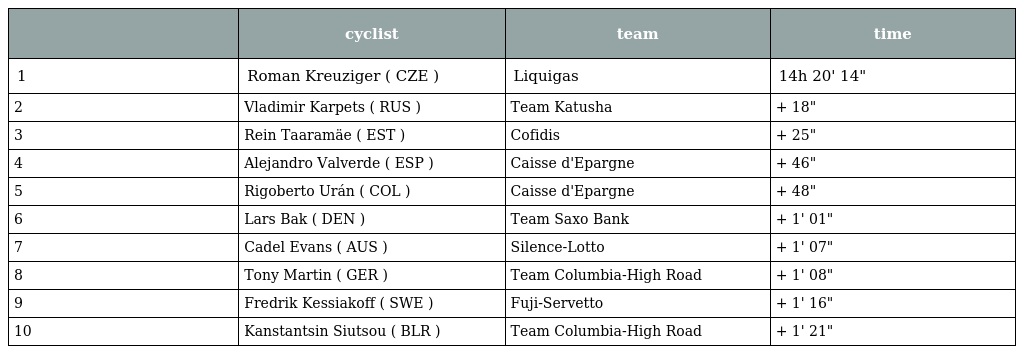
|  | cyclist | team | time |
 | --- | --- | --- | --- |
 | 1 | Roman Kreuziger ( CZE ) | Liquigas | 14h 20' 14" |
 | 2 | Vladimir Karpets ( RUS ) | Team Katusha | + 18" |
 | 3 | Rein Taaramäe ( EST ) | Cofidis | + 25" |
 | 4 | Alejandro Valverde ( ESP ) | Caisse d'Epargne | + 46" |
 | 5 | Rigoberto Urán ( COL ) | Caisse d'Epargne | + 48" |
 | 6 | Lars Bak ( DEN ) | Team Saxo Bank | + 1' 01" |
 | 7 | Cadel Evans ( AUS ) | Silence-Lotto | + 1' 07" |
 | 8 | Tony Martin ( GER ) | Team Columbia-High Road | + 1' 08" |
 | 9 | Fredrik Kessiakoff ( SWE ) | Fuji-Servetto | + 1' 16" |
 | 10 | Kanstantsin Siutsou ( BLR ) | Team Columbia-High Road | + 1' 21" |